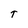
Character: T